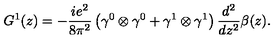
G ^ { 1 } ( z ) = - \frac { i e ^ { 2 } } { 8 \pi ^ { 2 } } \left( \gamma ^ { 0 } \otimes \gamma ^ { 0 } + \gamma ^ { 1 } \otimes \gamma ^ { 1 } \right) \frac { d ^ { 2 } } { d z ^ { 2 } } \beta ( z ) .